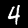
Label: 4